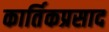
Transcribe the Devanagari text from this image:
कार्तिकप्रसाद